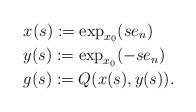
LaTeX: \begin{align*}&x(s) := \exp_{x_0}(se_n)\\&y(s) := \exp_{x_0}(-se_n)\\&g(s) := Q(x(s),y(s)).\end{align*}